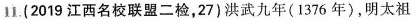
11.(2019江西名校联盟二检，27)洪武九年(1376年)，明太祖